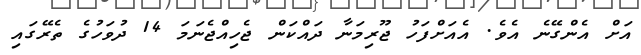
އަށް އެންގޭނެ އެވެ. އެއަށްފަހު ޖޫރިމަނާ ދައްކަން ޖެހިއްޖެނަމަ 14 ދުވަހުގެ ތެރޭގައި